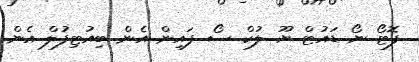
ފޮޓޯ ނޯ ޑައުޓް ޔޫ ލުކް ސޯ ފައިން އެން ބިއުޓިފުލް އެން